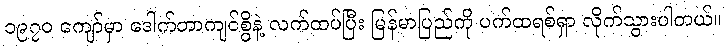
၁၉၇၀ ကျော်မှာ ဒေါက်တာကျင်စွိနဲ့ လက်ထပ်ပြီး မြန်မာပြည်ကို ပက်ထရစ်ရှာ လိုက်သွားပါတယ်။